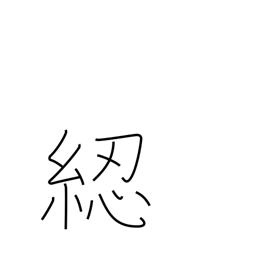
Meaning: reel